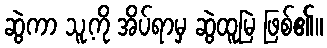
ဆွဲကာ သူ့ကို အိပ်ရာမှ ဆွဲထူမြဲ ဖြစ်၏။